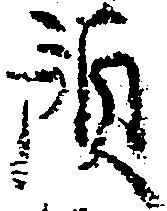
預